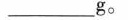
___g。